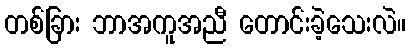
တစ်ခြား ဘာအကူအညီ တောင်းခဲ့သေးလဲ။